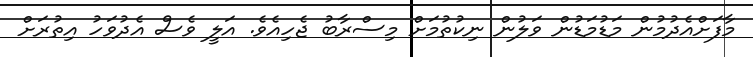
މާފަށްއެދުމުން މަޑުމަޑުން ވަލުން ނިކުތުމަށް މިސްރާބު ޖެހިއެވެ. އަލީ ވެސް އެދުވަހު އިތުރަށް